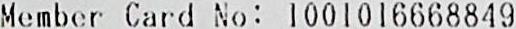
MEMBER CARD NO: 1001016668849